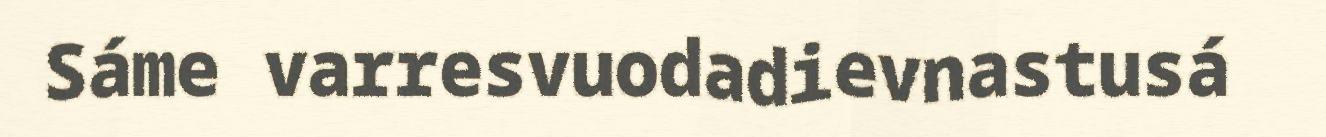
Sáme varresvuodadievnastusá